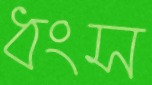
ধংস